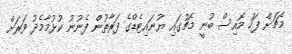
މެޗަށް ފަހު މޮއިސް ބުނީ މެޗުގައި ޔުނައިޓެޑްގެ ފަރާތުން ފެނުނު ކުޅުމާމެދު ވަރަށް